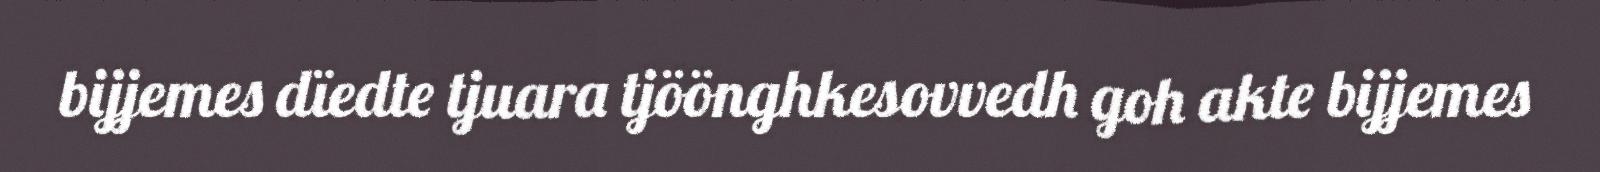
bijjemes dïedte tjuara tjöönghkesovvedh goh akte bijjemes